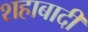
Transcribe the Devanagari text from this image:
शहाबादी